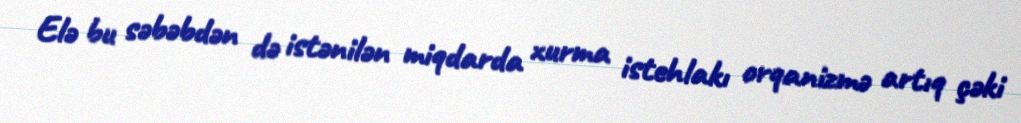
Elə bu səbəbdən də istənilən miqdarda xurma istehlakı orqanizmə artıq çəki